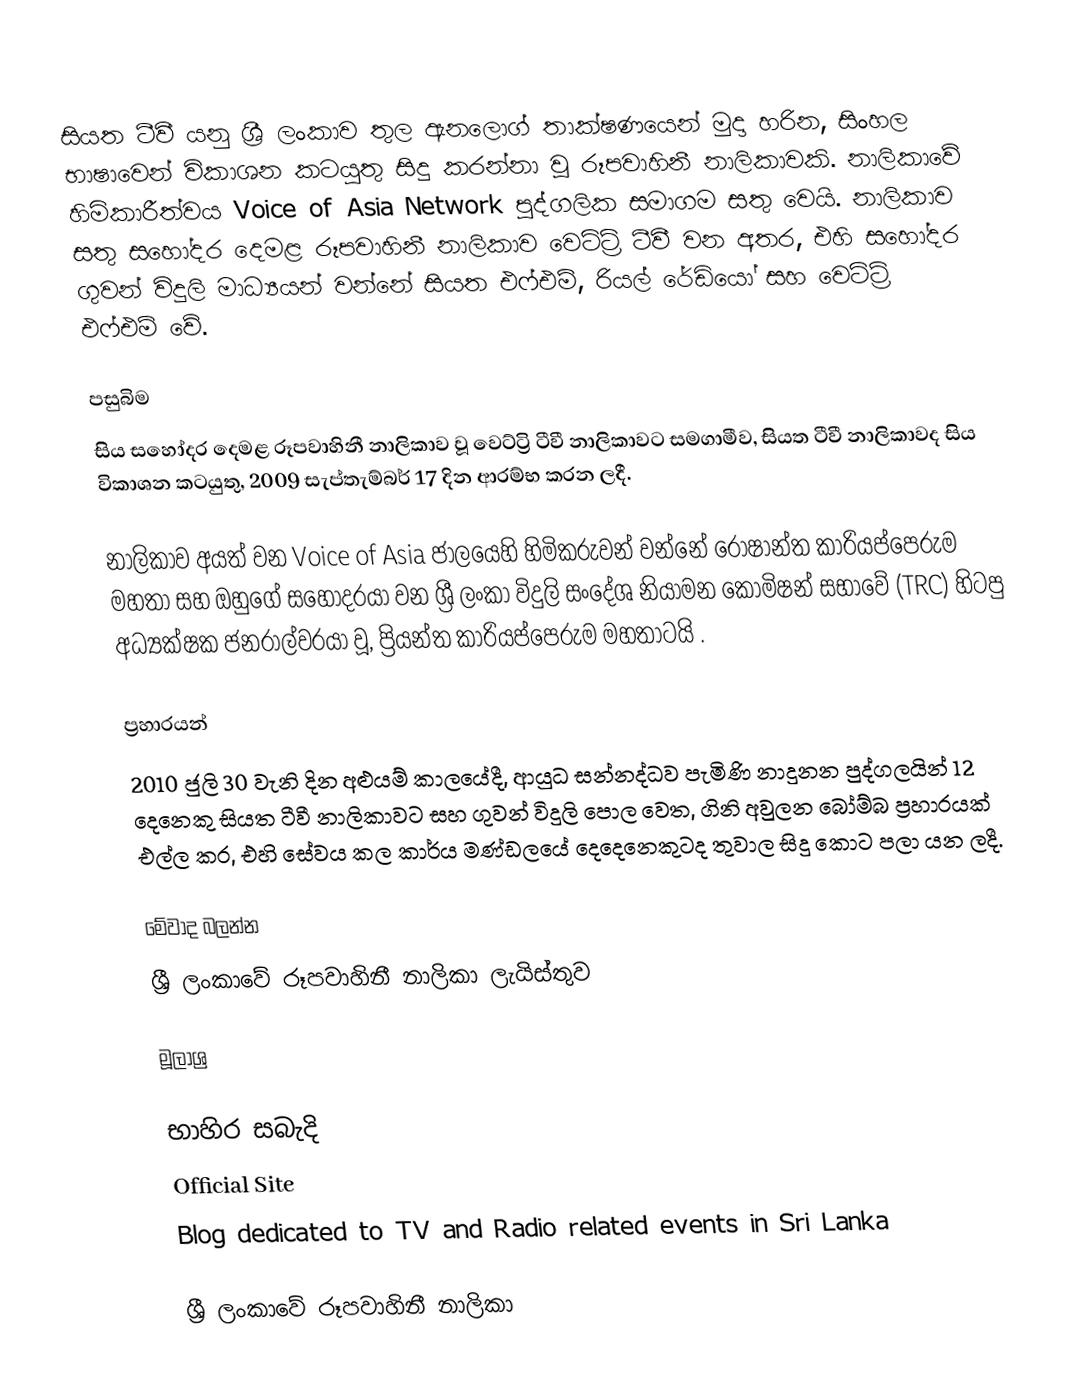
සියත ටීවී යනු ශ්‍රී ලංකාව තුල ඇනලොග් තාක්ෂණයෙන් මුදා හරින, සිංහල භාෂාවෙන් විකාශන කටයුතු සිදු කරන්නා වූ රූපවාහිනී නාලිකාවකි. නාලිකාවේ හිමිකාරීත්වය Voice of Asia Network පුද්ගලික සමාගම සතු වෙයි. නාලිකාව සතු සහෝදර දෙමළ රූපවාහිනී නාලිකාව වෙට්ට්‍රි ටීවී වන අතර, එහි සහෝදර ගුවන් විදුලි මාධ්‍යයන් වන්නේ සියත එෆ්එම්, රියල් රේඩියෝ සහ වෙට්ට්‍රි එෆ්එම් වේ.

පසුබිම
සිය සහෝදර දෙමළ රූපවාහිනී නාලිකාව වූ වෙට්ට්‍රි ටීවී නාලිකාවට සමගාමීව, සියත ටීවී නාලිකාවද සිය විකාශන කටයුතු, 2009 සැප්තැම්බර් 17 දින ආරම්භ කරන ලදී.

නාලිකාව අයත් වන Voice of Asia ජාලයෙහි හිමිකරුවන් වන්නේ රොෂාන්ත කාරියප්පෙරුම මහතා සහ ඔහුගේ සහෝදරයා වන ශ්‍රී ලංකා විදුලි සංදේශ නියාමන කොමිෂන් සභාවේ (TRC) හිටපු අධ්‍යක්ෂක ජනරාල්වරයා වූ, ප්‍රියන්ත කාරියප්පෙරුම මහතාටයි .

ප්‍රහාරයන්
2010 ජුලි 30 වැනි දින අළුයම් කාලයේදී, ආයුධ සන්නද්ධව පැමිණි නාදුනන පුද්ගලයින් 12 දෙනෙකු සියත ටීවී නාලිකාවට සහ ගුවන් විදුලි පොල වෙත, ගිනි අවුලන බෝම්බ ප්‍රහාරයක් එල්ල කර, එහි සේවය කල කාර්ය මණ්ඩලයේ දෙදෙනෙකුටද තුවාල සිදු කොට පලා යන ලදී.

මේවාද බලන්න
 ශ්‍රී ලංකාවේ රූපවාහිනී නාලිකා ලැයිස්තුව

මූලාශ්‍ර

භාහිර සබැදි
 Official Site
 Blog dedicated to TV and Radio related events in Sri Lanka

ශ්‍රී ලංකාවේ රූපවාහිනී නාලිකා